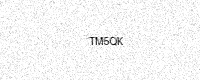
Text: TM5QK